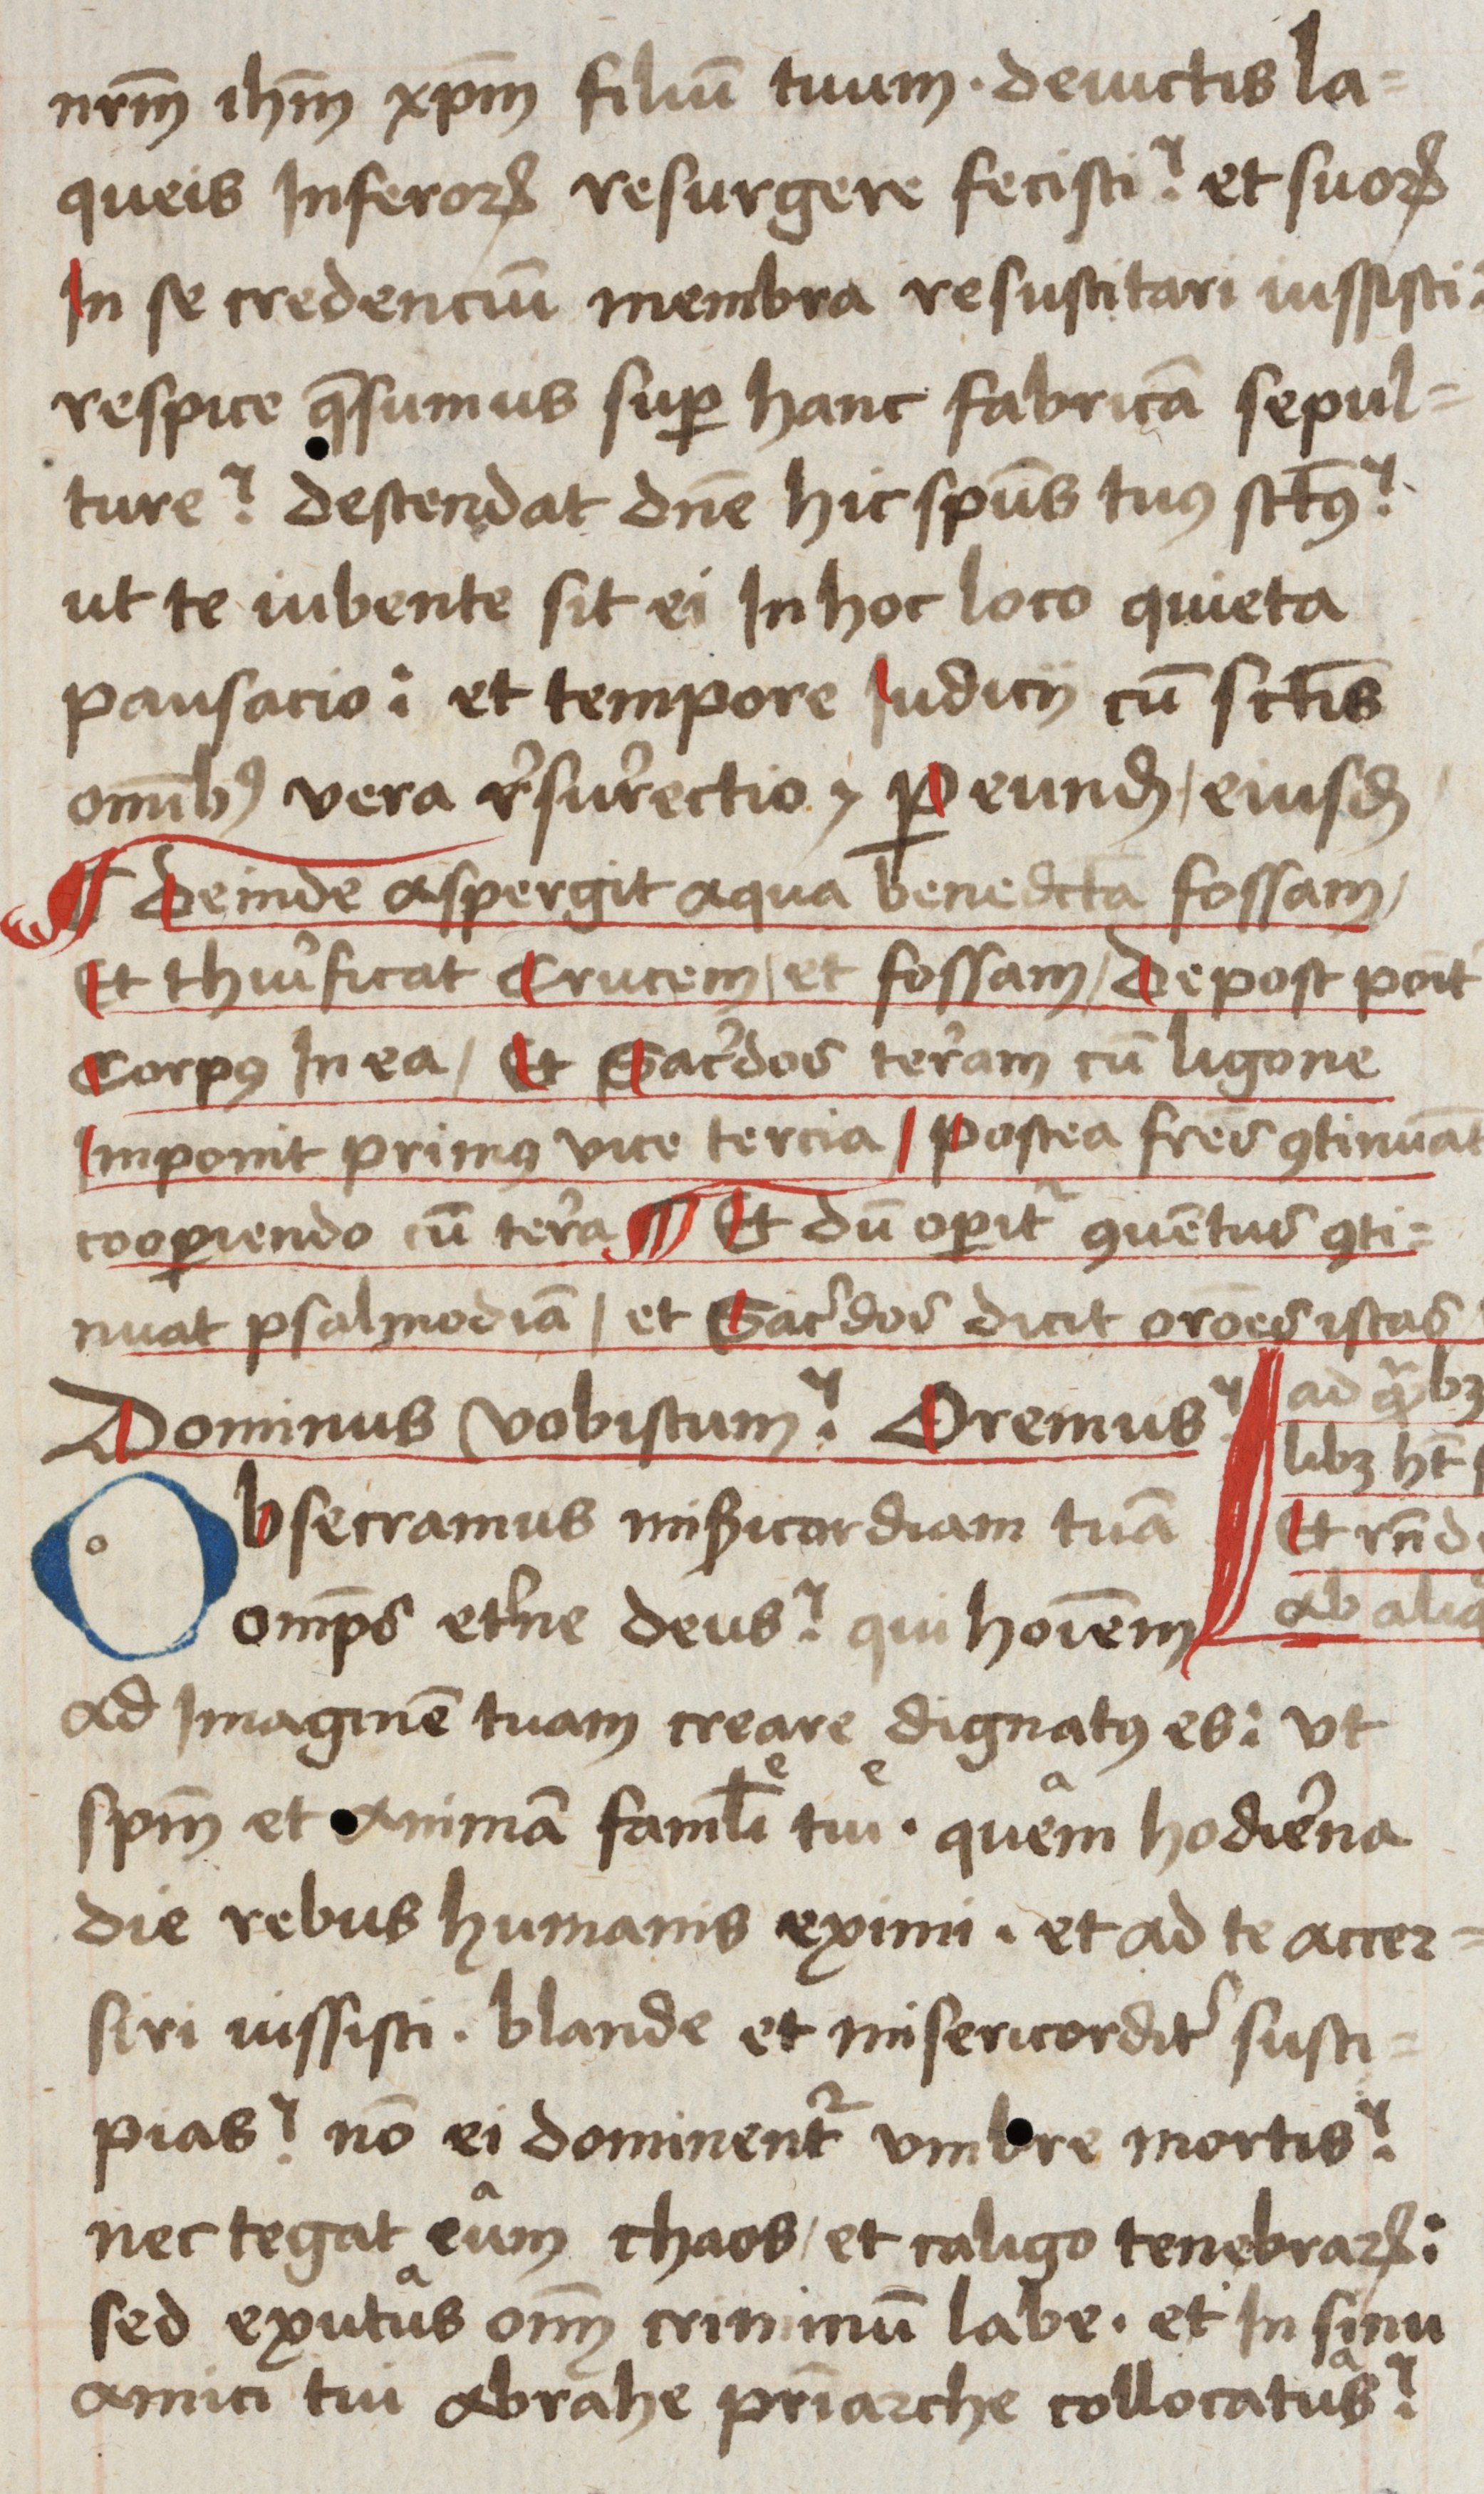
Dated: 1485–1515